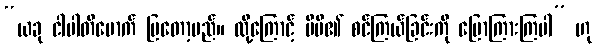
“ယခု ငါပါတိမောက် ပြတော့မည်။ ထို့ကြောင့် မိမိ၏ စင်ကြယ်ခြင်းကို ပြောကြားကြပါ” ဟု